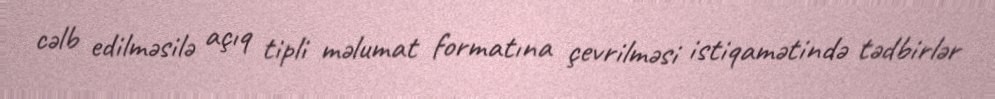
cəlb edilməsilə açıq tipli məlumat formatına çevrilməsi istiqamətində tədbirlər